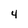
Character: 4